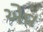
એવ